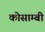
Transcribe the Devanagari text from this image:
कोसाम्बी